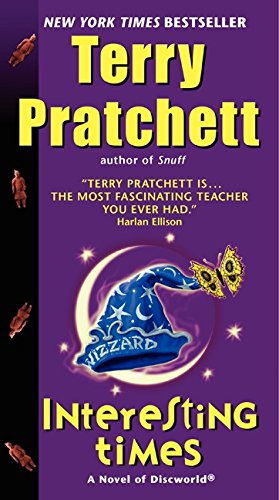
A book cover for Interesting Times: A Novel of Discworld; Terry Pratchett; Science Fiction & Fantasy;